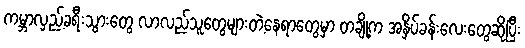
ကမ္ဘာလှည့်ခရီးသွားတွေ လာလည်သူတွေများတဲ့နေရာတွေမှာ တချို့က အနှိပ်ခန်းလေးတွေဆိုပြီး